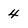
Character: 4